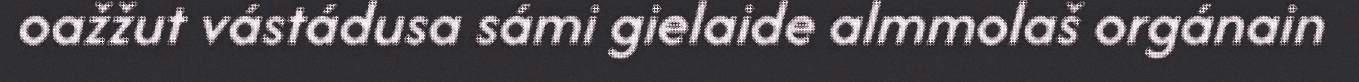
oažžut vástádusa sámi gielaide almmolaš orgánain